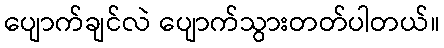
ပျောက်ချင်လဲ ပျောက်သွားတတ်ပါတယ်။